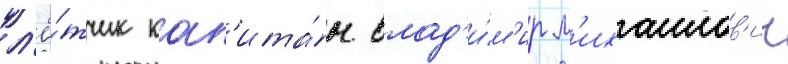
л'ё́тчик кап'ита́н влад'и́м'ир м'ихаилов'ич